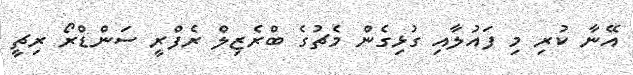
އޭނާ ކުރި މި ފައުލާއި ގުޅިގެން މެޗުގެ ބްރެޒިލް ރެފްރީ ސަންޑްރޯ ރިޗީ